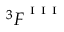
^ 3 { \cal F } ^ { ^ { \mathrm { ~ I ~ I ~ I ~ } } }